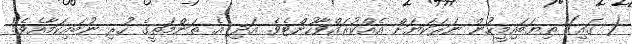
( ގައި) ތިޔަބައިމީހުން ނަރަކަޔަށް އެއްކުރައްވާހުށްޓެވެ. އަދި އެ ތަންމަތީގެ ހުރި ނުބައިކަމާއެވެ!